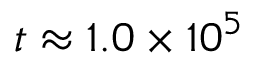
t \approx 1 . 0 \times 1 0 ^ { 5 }